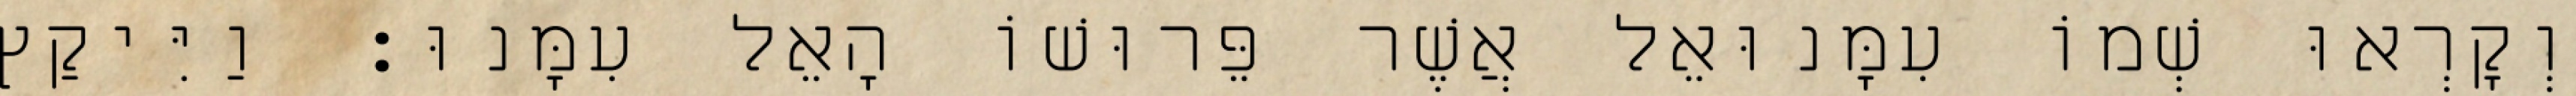
וְקָרְאוּ שְׁמוֹ עִמָּנוּאֵל אֲשֶׁר פֵּרוּשׁוֹ הָאֵל עִמָּנוּ׃ וַיִּיקַץ